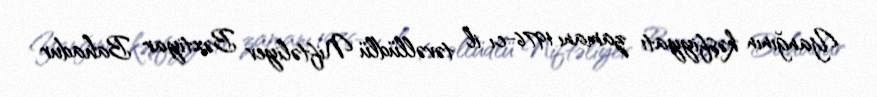
Yanğının kəşfiyyatı zamanı 1976-cı il təvəllüdlü Niftəliyev Bəxtiyar Bahadur